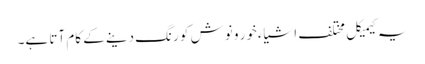
یہ کیمیکل مختلف اشیاءخور و نوش کو رنگ دینے کے کام آتا ہے۔